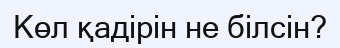
Көл қадірін не білсін?